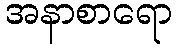
အနာစာရော